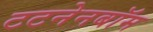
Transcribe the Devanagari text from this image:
टटनेनबॉम